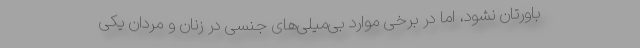
باورتان نشود، اما در برخی موارد بی‌میلی‌های جنسی در زنان و مردان یکی